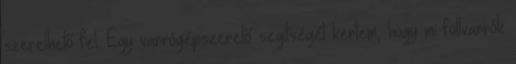
szerelhető fel. Egy varrógépszerelő segítségét kertem, hogy mi foltvarrók